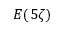
E ( 5 \zeta )